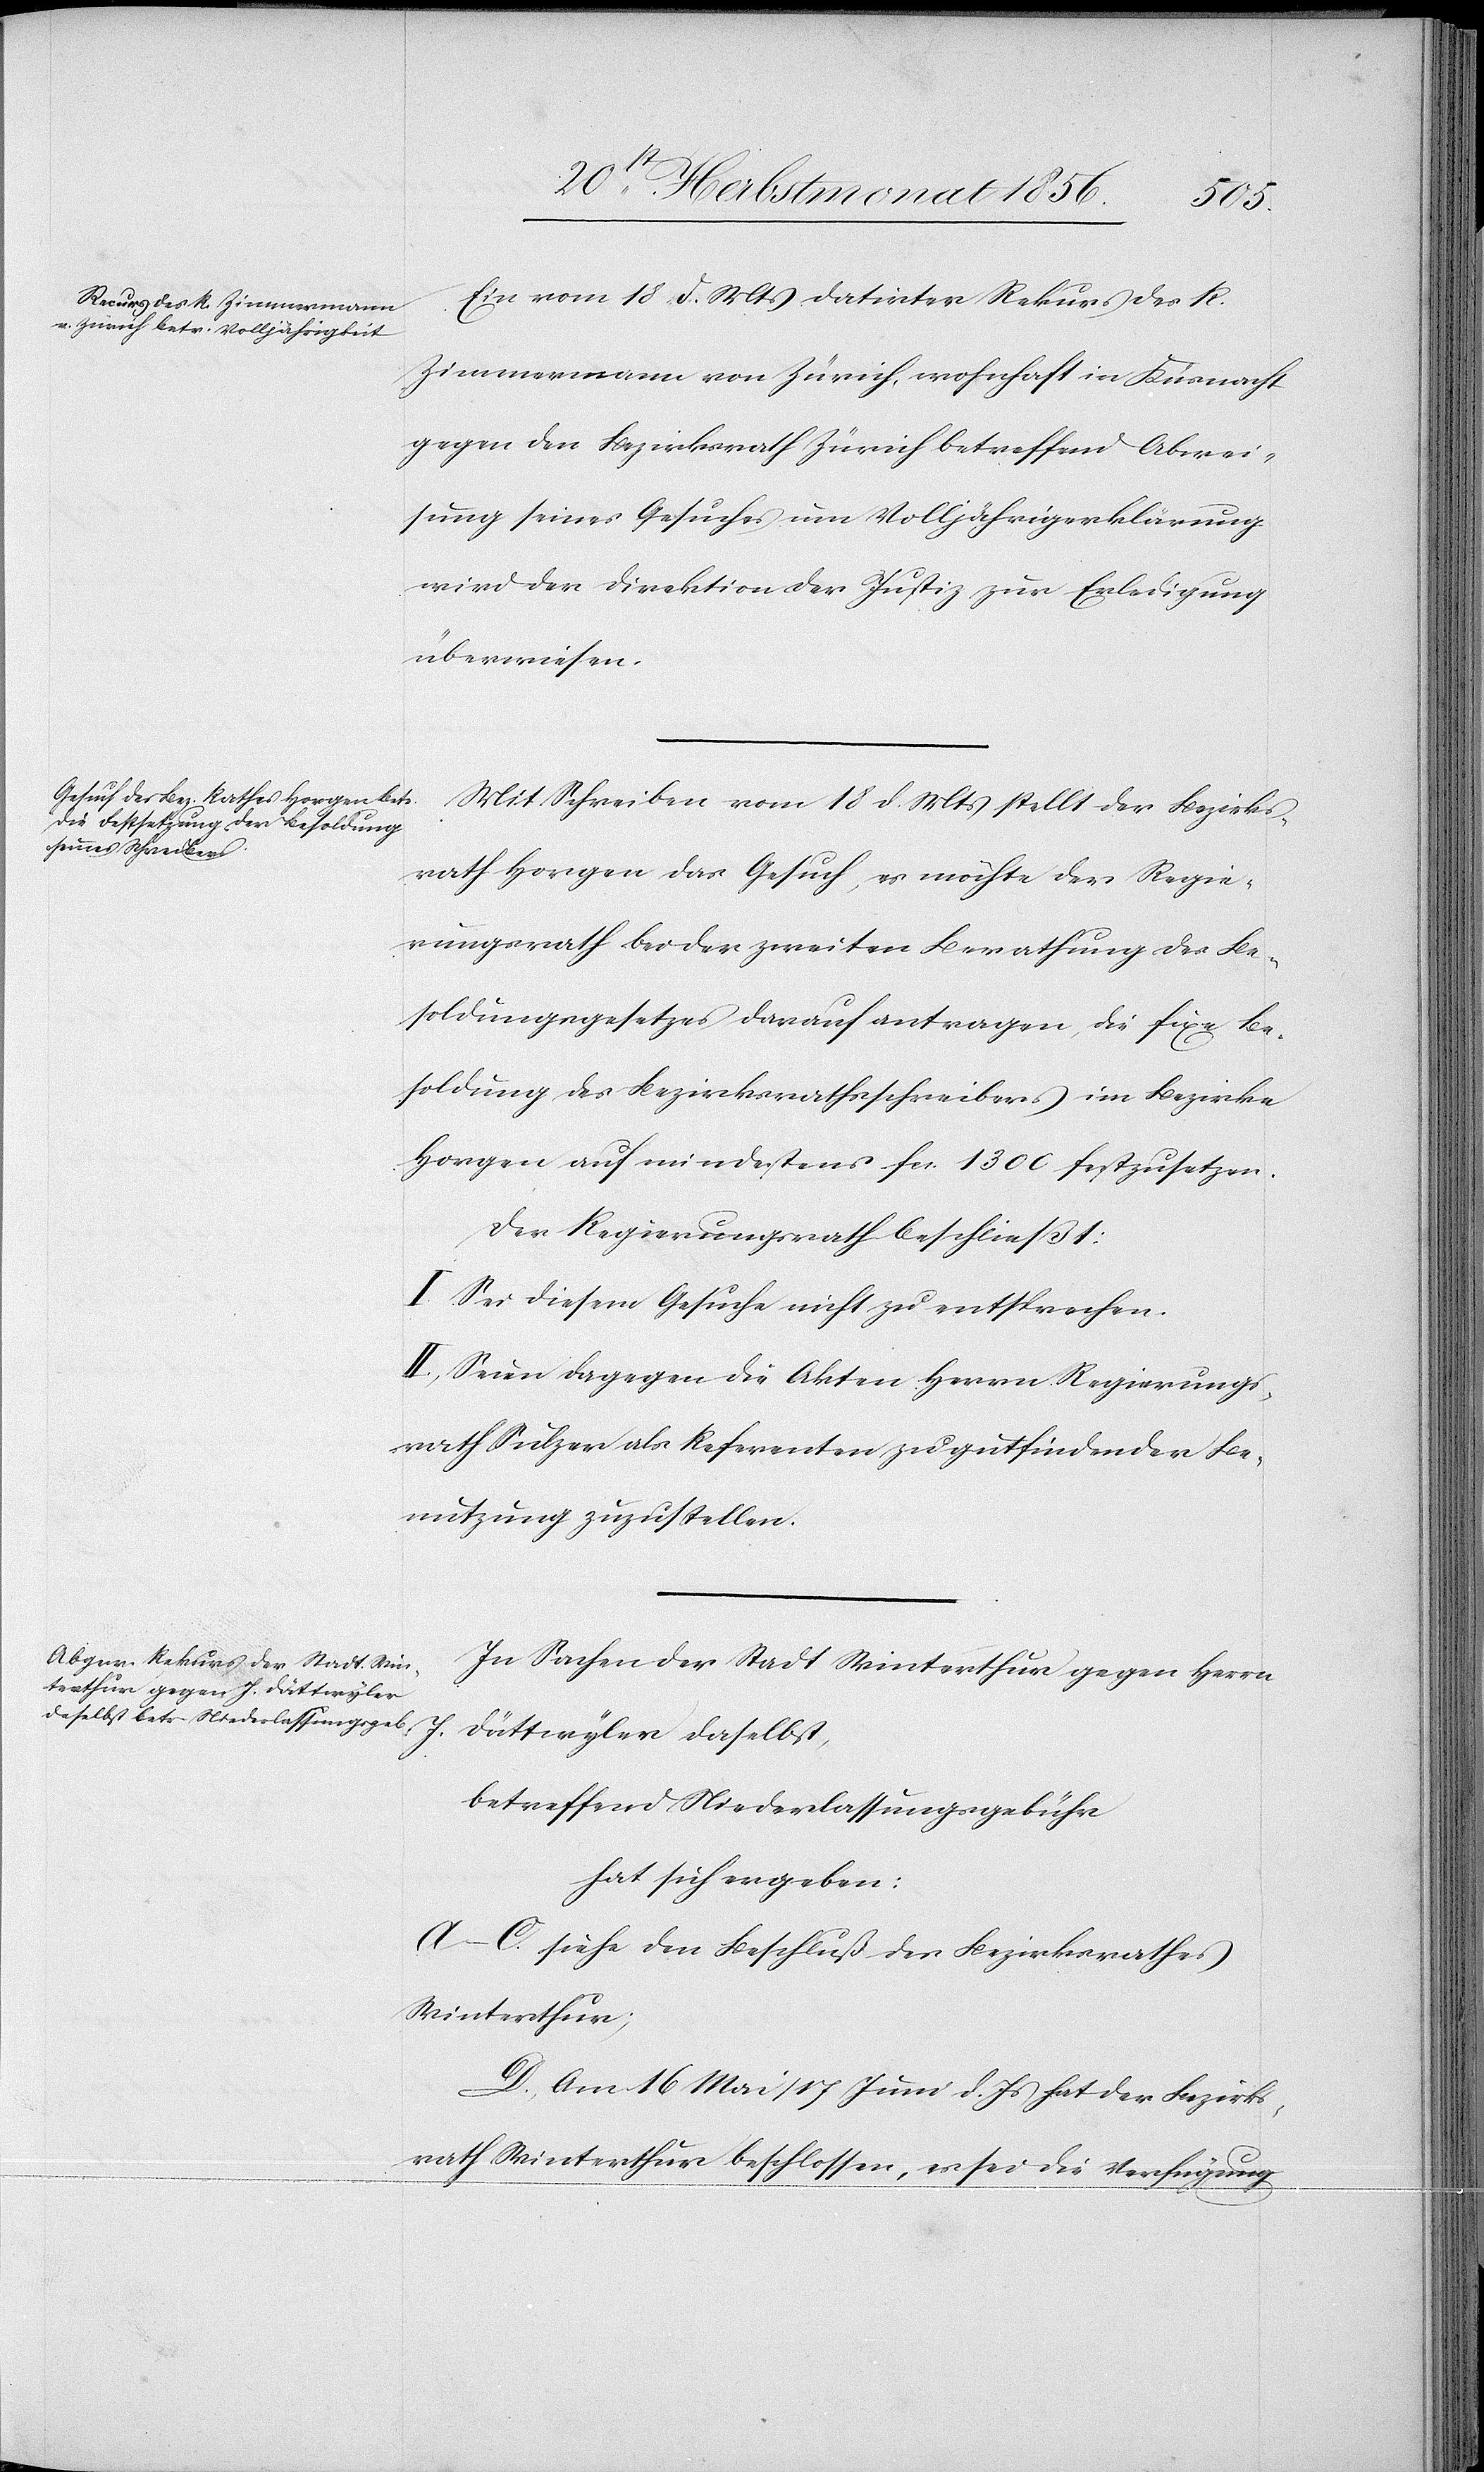
Ein vom 18 d. Mts datirter Rekurs des R.
Zimmermann von Zürich, wohnhaft in Küsnacht
gegen den Bezirksrath Zürich betreffend Abwei¬
sung seines Gesuches um Volljährigerklärung
wird der Direktion der Justiz zur Erledigung
überwiesen.
Mit Schreiben vom 18 d. Mts stellt der Bezirks¬
rath Horgen das Gesuch, es möchte der Regie¬
rungsrath bei der zweiten Berathung des Be¬
soldungsgesetzes darauf antragen, die fixe Be¬
soldung des Bezirksrathsschreibers im Bezirke
Horgen auf mindestens fcs. 1300 festzusetzen.
Der Regierungsrath beschließt:
I. Sei diesem Gesuche nicht zu entsprechen.
II. Seien dagegen die Akten Herrn Regierungs¬
rath Sulzer als Referenten zu gutfindender Be¬
nutzung zuzustellen.
In Sachen der Stadt Winterthur gegen Herrn
J.
Dättwyler daselbst,
betreffend Niederlassungsgebühr
hat sich ergeben:
A–C. siehe den Beschluß des Bezirksrathes
Winterthur;
D. Am 16 Mai/17 Juni d. Js hat der Bezirks¬
rath Winterthur beschlossen, es sei die Verfügung